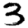
Digit: 3